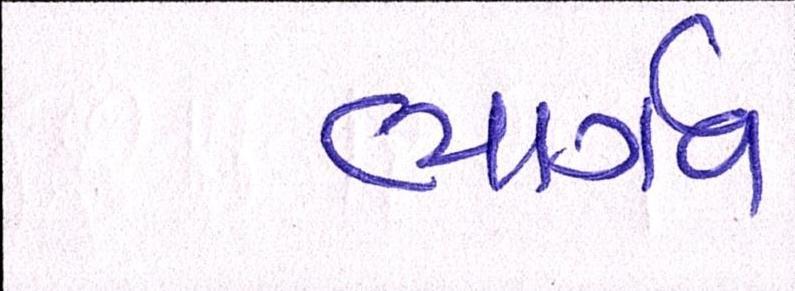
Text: ભાર્ગવ